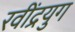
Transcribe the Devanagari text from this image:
रवींद्रयुग